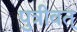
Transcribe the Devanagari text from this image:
पुत्रीवत्